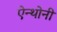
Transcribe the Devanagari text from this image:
ऐन्थोनी